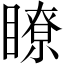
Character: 瞭